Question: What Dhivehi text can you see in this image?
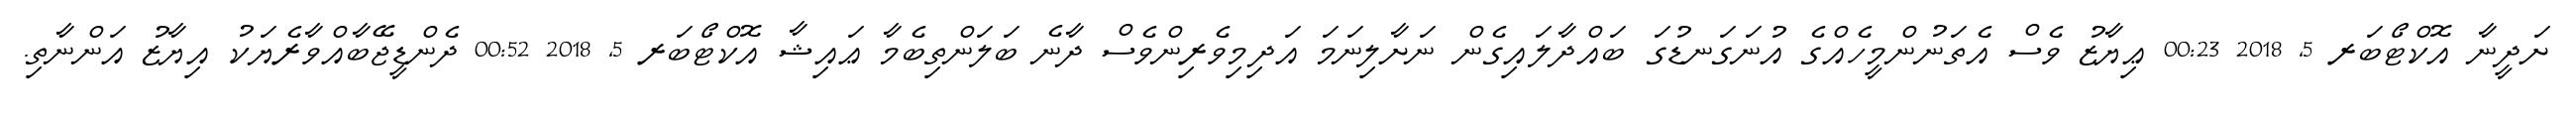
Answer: ށަދީނާ އޮކްޓޯބަރ 5, 2018 00:23 ޢިޔާޒު ވެސް އެތަނުންމީހެއްގެ އުނަގަނޑުގަ ބައްދާލައިގެން ނަށާލިނަމަ އަދިމިވެރިންވެސް ދާނެ ބަލަންތިބެމާ ޢައިޝާ އޮކްޓޯބަރ 5, 2018 00:52 ދެންޑީޖޭބާއްވާރެޔަކު އިޔާޒު އަންނާތި.